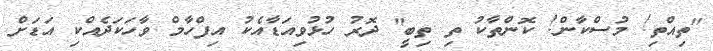
"ތިއްތި! މުސްކާން! ކޮންތާކު ތި ތިބީ" ދޮރު ހުޅުވިއަޑާއެކު އިފްހާމް ވާހަކަދެއްކި އަޑަށް